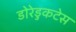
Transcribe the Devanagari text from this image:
डोरेडुकटेस